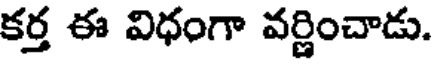
కర్త ఈ విధంగా వర్ణించాడు.